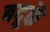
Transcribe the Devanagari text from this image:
बदूकें